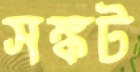
সঙ্কট